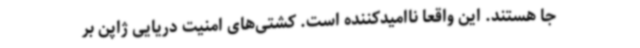
جا هستند. این واقعا ناامیدکننده است. کشتی‌های امنیت دریایی ژاپن بر